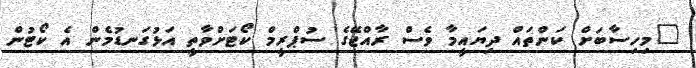
"މިހިސާބަށް ކަންތައް ދިޔައީމާ ވެސް ރާއްޖޭގެ ސުޕްރީމް ކޯޓަށްވާތީ އަޅުގަނޑުމެން އެ ކޯޓުން